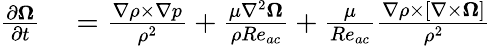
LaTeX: \begin{array}{rl}{\frac{\partial\boldsymbol{\Omega}}{\partial t}}&{{}=\frac{\nabla\rho\times\nabla p}{\rho^{2}}+\frac{\mu\nabla^{2}\boldsymbol{\Omega}}{\rho Re_{ac}}+\frac{\mu}{Re_{ac}}\frac{\nabla\rho\times[\nabla\times\boldsymbol{\Omega}]}{\rho^{2}}}\end{array}